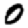
Digit: 0